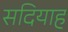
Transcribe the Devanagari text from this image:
सदियाह